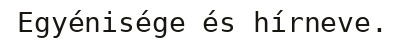
Egyénisége és hírneve.